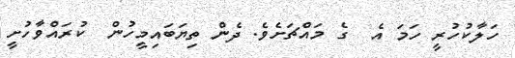
ހަލާކުހުރީ ހަމަ އެ  ގެ މައްޗަށެވެ. ދެން ތިޔަބައިމީހުން  ކުރައްވާހުށީ